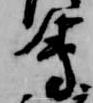
会